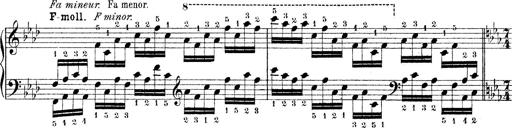
Title: Technische Studien
Composer: Franz Liszt